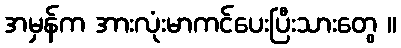
အမှန်က အားလုံးမာကင်ပေးပြီးသားတွေ ။